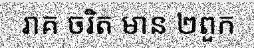
រាគ ចរិត មាន ២ពួក